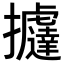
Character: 𢺂